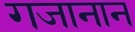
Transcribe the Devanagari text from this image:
गजानान